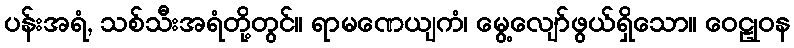
ပန်းအရံ, သစ်သီးအရံတို့တွင်။ ရာမဏေယျကံ၊ မွေ့လျော်ဖွယ်ရှိသော။ ဝေဠုဝန